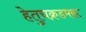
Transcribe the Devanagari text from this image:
हेतुचक्रडमरू